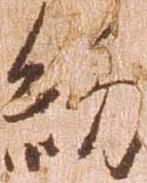
約